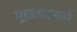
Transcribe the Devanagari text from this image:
मुख़्तारनामे